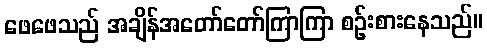
ဖေဖေသည် အချိန်အတော်တော်ကြာကြာ စဉ်းစားနေသည်။